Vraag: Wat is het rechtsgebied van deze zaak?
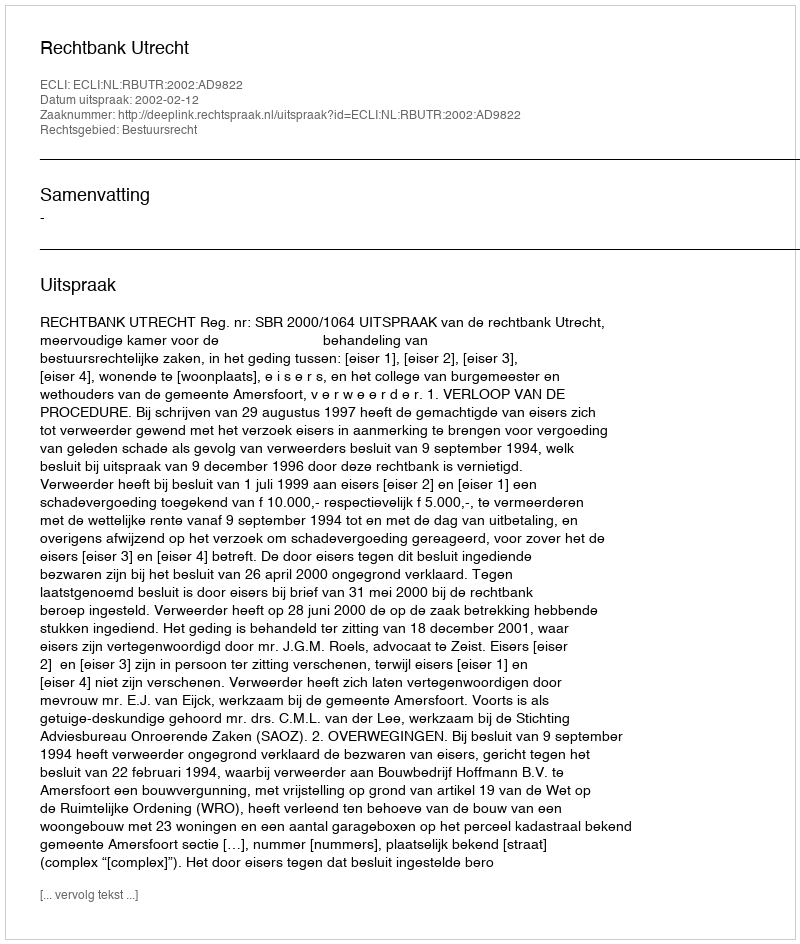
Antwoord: Bestuursrecht